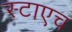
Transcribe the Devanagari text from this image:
स्टाएच